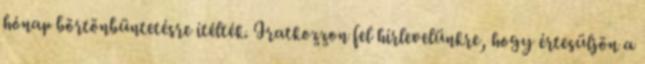
hónap börtönbüntetésre ítélték. Iratkozzon fel hírlevelünkre, hogy értesüljön a